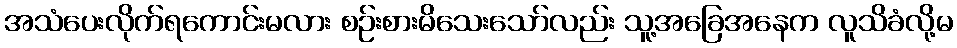
အသံပေးလိုက်ရကောင်းမလား စဉ်းစားမိသေးသော်လည်း သူ့အခြေအနေက လူသိခံလို့မ